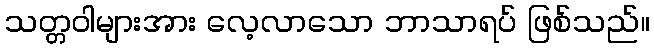
သတ္တဝါများအား လေ့လာသော ဘာသာရပ် ဖြစ်သည်။